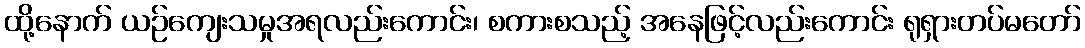
ထို့နောက် ယဉ်ကျေးသမှုအရလည်းကောင်း၊ စကားစသည့် အနေဖြင့်လည်းကောင်း ရုရှားတပ်မတော်